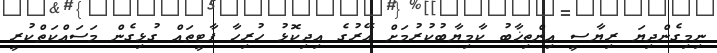
ނިމިގެންދިޔަ ރިޔާސީ އިންތިޚާބު ކާމިޔާބުކުރުމަށް އޭރުގެ އިދިކޮޅު ހުރިހާ ޕާޓީތައް ގުޅިގެން މަސައްކަތްކުރީ